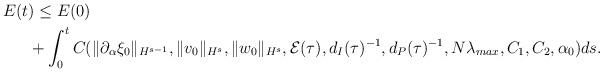
LaTeX: \begin{align*}E(t & )\leq E(0)\\&+\int_0^t C(\|\partial_{\alpha}\xi_0\|_{H^{s-1}},\|v_0\|_{H^s}, \|w_0\|_{H^s}, \mathcal{E}(\tau), d_I(\tau)^{-1}, d_P(\tau)^{-1}, N\lambda_{max}, C_1, C_2, \alpha_0) ds.\end{align*}